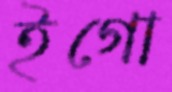
ইগো